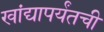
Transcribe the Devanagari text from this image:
खांद्यापर्यंतची